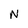
Character: N